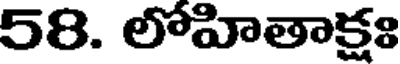
58. లోహితాక్షః